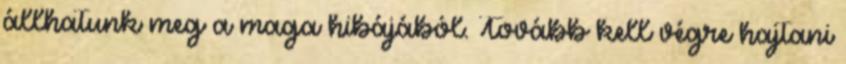
állhatunk meg a maga hibájából. Tovább kell végre hajtani